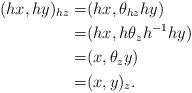
LaTeX: \begin{align*} (hx,hy)_{hz}=& (hx,\theta_{hz} hy)\\ =&(hx, h \theta_z h^{-1} hy)\\ =&(x,\theta_z y)\\ = & (x,y)_z.\end{align*}